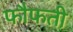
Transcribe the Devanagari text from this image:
फौफती